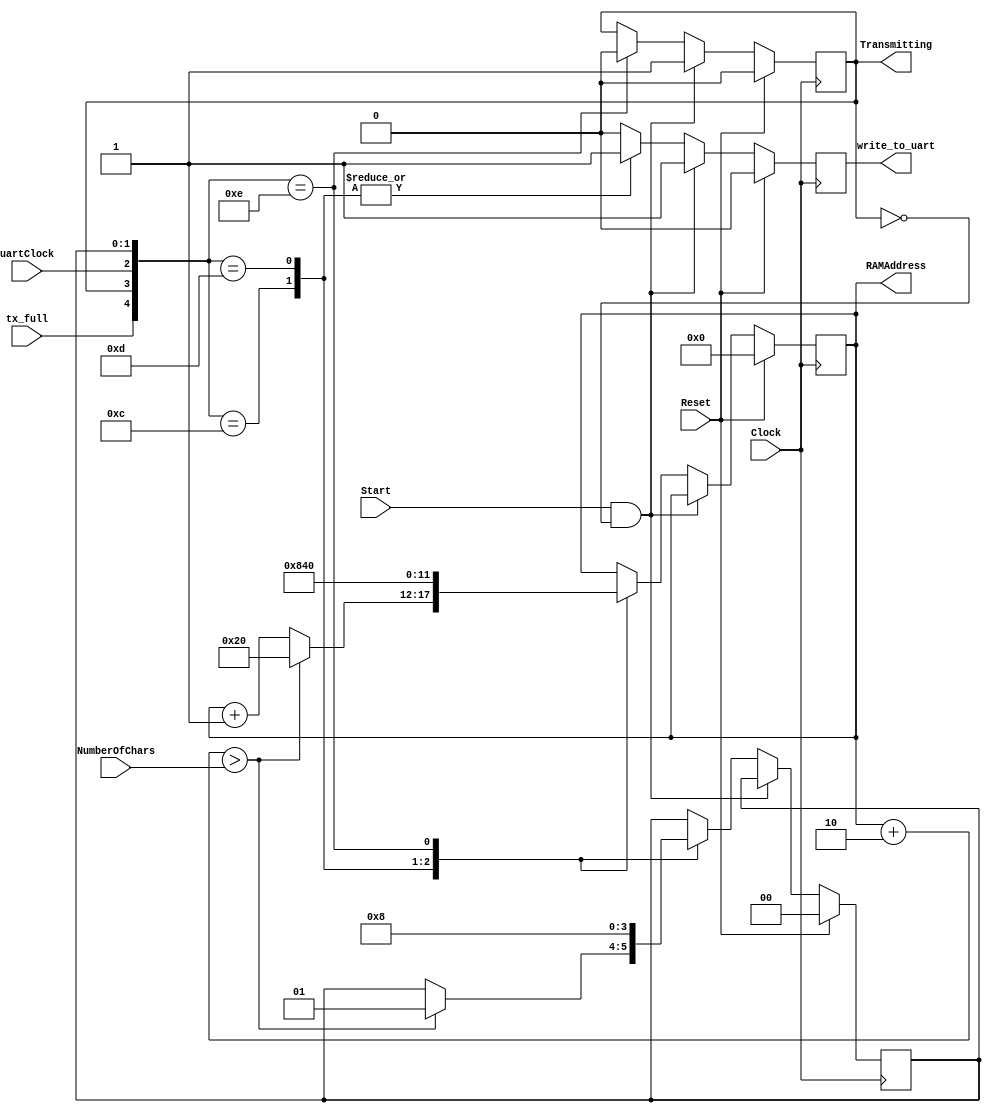
module SendChars(NumberOfChars, Clock, Reset, Start, tx_full, uartClock, RAMAddress, Transmitting, write_to_uart);
	input [5:0] NumberOfChars;
	input Clock, Reset, Start, tx_full, uartClock;
	output reg [5:0] RAMAddress;
	output reg Transmitting, write_to_uart;
	
	reg [1:0] specialCharacter;
	parameter [5:0] newline = 6'd32;
	parameter [5:0] carriagereturn = 6'd33;

	always @ (posedge Clock)
		if (Reset == 1) begin write_to_uart <= 1'b0; RAMAddress <= 6'd0; specialCharacter <= 2'd0; Transmitting <= 1'b0; end
		else if (Start == 1'b1 && Transmitting == 1'b0) begin Transmitting <= 1'b1; write_to_uart <= 1; end
		else case ({tx_full, Transmitting, uartClock, specialCharacter})
			5'b01100: begin
				write_to_uart <= 1;
				if (RAMAddress+2>NumberOfChars) begin RAMAddress <= newline; specialCharacter <= 2'd1; end
				else RAMAddress <= RAMAddress + 1'b1;
				end
			5'b01101: begin
				write_to_uart <= 1;
				RAMAddress <= carriagereturn;
				specialCharacter <= 2'd2;
				end
			5'b01110: begin
				write_to_uart <= 0;
				Transmitting <= 1'b0;
				RAMAddress <= 6'd0;
				specialCharacter <= 2'd0;
				end
			default: begin
				write_to_uart <= 1'b0;
				end
		endcase
endmodule